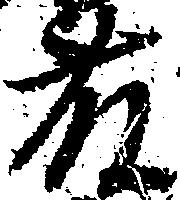
藤